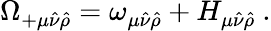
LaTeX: \Omega_{+\mu\hat{\nu}\hat{\rho}}=\omega_{\mu\hat{\nu}\hat{\rho}}+H_{\mu\hat{\nu}\hat{\rho}}~.